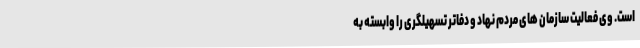
است. وی فعالیت سازمان های مردم نهاد و دفاتر تسهیلگری را وابسته به